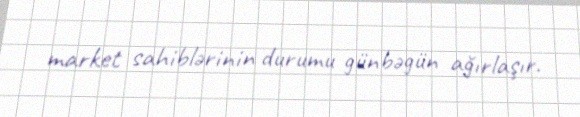
market sahiblərinin durumu günbəgün ağırlaşır.